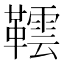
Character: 𬰨